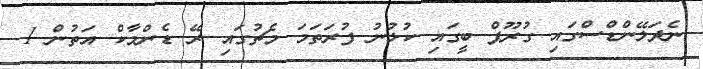
ނެދަލޭންޑްސްގައި ގުރޫޕް ބީގައި ކުޅުނު ފުރަތަމަ މެޗުގައި ރޭ ޑެންމާކް އަތުން 1-